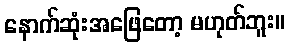
နောက်ဆုံးအဖြေတော့ မဟုတ်ဘူး။